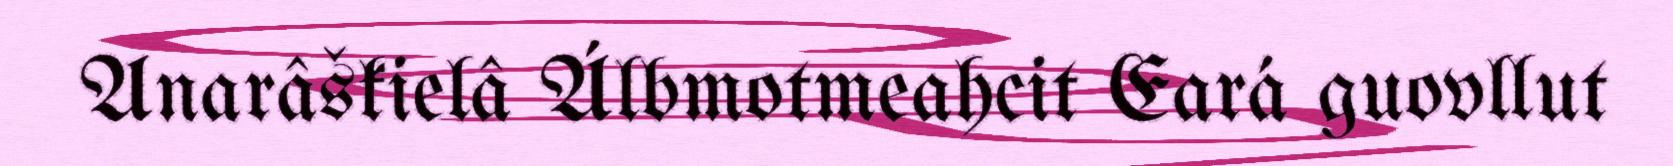
Anarâškielâ Álbmotmeahcit Eará guovllut